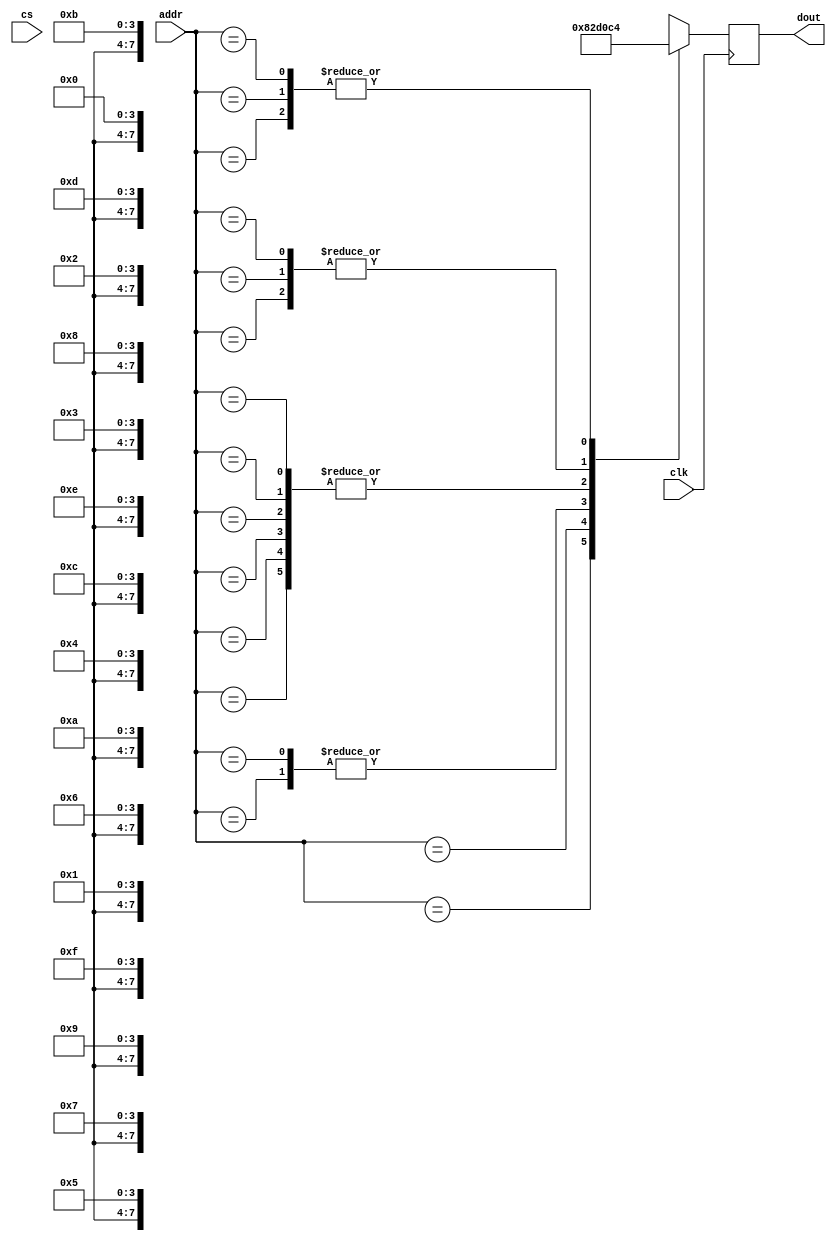
module rom_ROM127
(
input clk,
input [7:0] addr,
output [3:0] dout,
input cs );
reg [3:0] q;
always @(posedge clk) 
begin 
case (addr) 
	8'h0x0: q<=4'b0000;
	8'h0x1: q<=4'b1100;
	8'h0x2: q<=4'b1101;
	8'h0x3: q<=4'b0100;
	8'h0x4: q<=4'b0000;
	8'h0x5: q<=4'b0000;
	8'h0x6: q<=4'b0000;
	8'h0x7: q<=4'b1000;
	8'h0x8: q<=4'b0010;
	8'h0x9: q<=4'b1100;
	8'h0xa: q<=4'b0000;
	8'h0xb: q<=4'b1101;
	8'h0xc: q<=4'b0100;
	8'h0xd: q<=4'b0000;
	8'h0xe: q<=4'b1100;
	8'h0xf: q<=4'b0100;
	8'h0x10: q<=4'b0000;
	8'h0x11: q<=4'b0000;
	8'h0x12: q<=4'b0000;
	8'h0x13: q<=4'b0000;
	8'h0x14: q<=4'b0000;
	8'h0x15: q<=4'b0000;
	8'h0x16: q<=4'b0100;
	8'h0x17: q<=4'b0000;
	8'h0x18: q<=4'b0000;
	8'h0x19: q<=4'b0000;
	8'h0x1a: q<=4'b0000;
	8'h0x1b: q<=4'b0000;
	8'h0x1c: q<=4'b0000;
	8'h0x1d: q<=4'b0000;
	8'h0x1e: q<=4'b0000;
	8'h0x1f: q<=4'b0000;
	8'h0x20: q<=4'b0100;
	8'h0x21: q<=4'b0100;
	8'h0x22: q<=4'b0100;
	8'h0x23: q<=4'b0100;
	8'h0x24: q<=4'b0100;
	8'h0x25: q<=4'b0100;
	8'h0x26: q<=4'b0100;
	8'h0x27: q<=4'b0100;
	8'h0x28: q<=4'b0100;
	8'h0x29: q<=4'b0100;
	8'h0x2a: q<=4'b0100;
	8'h0x2b: q<=4'b0100;
	8'h0x2c: q<=4'b0100;
	8'h0x2d: q<=4'b0100;
	8'h0x2e: q<=4'b0100;
	8'h0x2f: q<=4'b0100;
	8'h0x30: q<=4'b0100;
	8'h0x31: q<=4'b0100;
	8'h0x32: q<=4'b0100;
	8'h0x33: q<=4'b0100;
	8'h0x34: q<=4'b0100;
	8'h0x35: q<=4'b0100;
	8'h0x36: q<=4'b0100;
	8'h0x37: q<=4'b0100;
	8'h0x38: q<=4'b0100;
	8'h0x39: q<=4'b0100;
	8'h0x3a: q<=4'b0100;
	8'h0x3b: q<=4'b0100;
	8'h0x3c: q<=4'b0100;
	8'h0x3d: q<=4'b0100;
	8'h0x3e: q<=4'b0100;
	8'h0x3f: q<=4'b0100;
	8'h0x40: q<=4'b0000;
	8'h0x41: q<=4'b0100;
	8'h0x42: q<=4'b0000;
	8'h0x43: q<=4'b0000;
	8'h0x44: q<=4'b0100;
	8'h0x45: q<=4'b0000;
	8'h0x46: q<=4'b0001;
	8'h0x47: q<=4'b0001;
	8'h0x48: q<=4'b0000;
	8'h0x49: q<=4'b1100;
	8'h0x4a: q<=4'b0001;
	8'h0x4b: q<=4'b0001;
	8'h0x4c: q<=4'b0001;
	8'h0x4d: q<=4'b1010;
	8'h0x4e: q<=4'b1010;
	8'h0x4f: q<=4'b1010;
	8'h0x50: q<=4'b1010;
	8'h0x51: q<=4'b1010;
	8'h0x52: q<=4'b1010;
	8'h0x53: q<=4'b1010;
	8'h0x54: q<=4'b1010;
	8'h0x55: q<=4'b1010;
	8'h0x56: q<=4'b1010;
	8'h0x57: q<=4'b1010;
	8'h0x58: q<=4'b1010;
	8'h0x59: q<=4'b1010;
	8'h0x5a: q<=4'b1010;
	8'h0x5b: q<=4'b1010;
	8'h0x5c: q<=4'b1010;
	8'h0x5d: q<=4'b0000;
	8'h0x5e: q<=4'b0001;
	8'h0x5f: q<=4'b0000;
	8'h0x60: q<=4'b1100;
	8'h0x61: q<=4'b0001;
	8'h0x62: q<=4'b0001;
	8'h0x63: q<=4'b0001;
	8'h0x64: q<=4'b1010;
	8'h0x65: q<=4'b1010;
	8'h0x66: q<=4'b1010;
	8'h0x67: q<=4'b1010;
	8'h0x68: q<=4'b1010;
	8'h0x69: q<=4'b1010;
	8'h0x6a: q<=4'b1010;
	8'h0x6b: q<=4'b1010;
	8'h0x6c: q<=4'b1010;
	8'h0x6d: q<=4'b1010;
	8'h0x6e: q<=4'b1010;
	8'h0x6f: q<=4'b1010;
	8'h0x70: q<=4'b1010;
	8'h0x71: q<=4'b1010;
	8'h0x72: q<=4'b1010;
	8'h0x73: q<=4'b1010;
	8'h0x74: q<=4'b0000;
	8'h0x75: q<=4'b0000;
	8'h0x76: q<=4'b0000;
	8'h0x77: q<=4'b0000;
	8'h0x78: q<=4'b1100;
	8'h0x79: q<=4'b0001;
	8'h0x7a: q<=4'b0000;
	8'h0x7b: q<=4'b1100;
	8'h0x7c: q<=4'b0000;
	8'h0x7d: q<=4'b0000;
	8'h0x7e: q<=4'b0000;
	8'h0x7f: q<=4'b0000;
	8'h0x80: q<=4'b1100;
	8'h0x81: q<=4'b0001;
	8'h0x82: q<=4'b0001;
	8'h0x83: q<=4'b0001;
	8'h0x84: q<=4'b1010;
	8'h0x85: q<=4'b1010;
	8'h0x86: q<=4'b1010;
	8'h0x87: q<=4'b1010;
	8'h0x88: q<=4'b1010;
	8'h0x89: q<=4'b1010;
	8'h0x8a: q<=4'b1010;
	8'h0x8b: q<=4'b1010;
	8'h0x8c: q<=4'b1010;
	8'h0x8d: q<=4'b1010;
	8'h0x8e: q<=4'b1010;
	8'h0x8f: q<=4'b1010;
	8'h0x90: q<=4'b1010;
	8'h0x91: q<=4'b1010;
	8'h0x92: q<=4'b1010;
	8'h0x93: q<=4'b1010;
	8'h0x94: q<=4'b0000;
	8'h0x95: q<=4'b0000;
	8'h0x96: q<=4'b0000;
	8'h0x97: q<=4'b1100;
	8'h0x98: q<=4'b0001;
	8'h0x99: q<=4'b0001;
	8'h0x9a: q<=4'b0001;
	8'h0x9b: q<=4'b1010;
	8'h0x9c: q<=4'b1010;
	8'h0x9d: q<=4'b1010;
	8'h0x9e: q<=4'b1010;
	8'h0x9f: q<=4'b1010;
	8'h0xa0: q<=4'b1010;
	8'h0xa1: q<=4'b1010;
	8'h0xa2: q<=4'b1010;
	8'h0xa3: q<=4'b1010;
	8'h0xa4: q<=4'b1010;
	8'h0xa5: q<=4'b1010;
	8'h0xa6: q<=4'b1010;
	8'h0xa7: q<=4'b1010;
	8'h0xa8: q<=4'b1010;
	8'h0xa9: q<=4'b1010;
	8'h0xaa: q<=4'b1010;
	8'h0xab: q<=4'b0000;
	8'h0xac: q<=4'b0000;
	8'h0xad: q<=4'b0000;
	8'h0xae: q<=4'b0000;
	8'h0xaf: q<=4'b0000;
	8'h0xb0: q<=4'b1100;
	8'h0xb1: q<=4'b0001;
	8'h0xb2: q<=4'b0000;
	8'h0xb3: q<=4'b1100;
	8'h0xb4: q<=4'b0000;
	8'h0xb5: q<=4'b0000;
	8'h0xb6: q<=4'b0000;
	8'h0xb7: q<=4'b0000;
	8'h0xb8: q<=4'b0000;
	8'h0xb9: q<=4'b0000;
	8'h0xba: q<=4'b0100;
	8'h0xbb: q<=4'b0000;
	8'h0xbc: q<=4'b0000;
	8'h0xbd: q<=4'b0000;
	8'h0xbe: q<=4'b0000;
	8'h0xbf: q<=4'b0000;
	8'h0xc0: q<=4'b0000;
	8'h0xc1: q<=4'b1100;
	8'h0xc2: q<=4'b0000;
	8'h0xc3: q<=4'b0000;
	8'h0xc4: q<=4'b1100;
	8'h0xc5: q<=4'b1101;
	8'h0xc6: q<=4'b0001;
	8'h0xc7: q<=4'b0101;
	8'h0xc8: q<=4'b0000;
	8'h0xc9: q<=4'b0000;
	8'h0xca: q<=4'b1100;
	8'h0xcb: q<=4'b0001;
	8'h0xcc: q<=4'b0000;
	8'h0xcd: q<=4'b0001;
	8'h0xce: q<=4'b1100;
	8'h0xcf: q<=4'b0000;
	8'h0xd0: q<=4'b1100;
	8'h0xd1: q<=4'b0100;
	8'h0xd2: q<=4'b0000;
	8'h0xd3: q<=4'b0001;
	8'h0xd4: q<=4'b1100;
	8'h0xd5: q<=4'b0000;
	8'h0xd6: q<=4'b1100;
	8'h0xd7: q<=4'b0001;
	8'h0xd8: q<=4'b0000;
	8'h0xd9: q<=4'b0000;
	8'h0xda: q<=4'b0000;
	8'h0xdb: q<=4'b1000;
	8'h0xdc: q<=4'b0000;
	8'h0xdd: q<=4'b1000;
	8'h0xde: q<=4'b0000;
	8'h0xdf: q<=4'b1101;
	8'h0xe0: q<=4'b1101;
	8'h0xe1: q<=4'b0000;
	8'h0xe2: q<=4'b1101;
	8'h0xe3: q<=4'b0000;
	8'h0xe4: q<=4'b0000;
	8'h0xe5: q<=4'b0000;
	8'h0xe6: q<=4'b1100;
	8'h0xe7: q<=4'b0000;
	8'h0xe8: q<=4'b0000;
	8'h0xe9: q<=4'b0000;
	8'h0xea: q<=4'b0100;
	8'h0xeb: q<=4'b0000;
	8'h0xec: q<=4'b0000;
	8'h0xed: q<=4'b0001;
	8'h0xee: q<=4'b1100;
	8'h0xef: q<=4'b0001;
	8'h0xf0: q<=4'b0000;
	8'h0xf1: q<=4'b0001;
	8'h0xf2: q<=4'b1100;
	8'h0xf3: q<=4'b0001;
	8'h0xf4: q<=4'b0000;
	8'h0xf5: q<=4'b0000;
	8'h0xf6: q<=4'b0000;
	8'h0xf7: q<=4'b1101;
	8'h0xf8: q<=4'b0000;
	8'h0xf9: q<=4'b0000;
	8'h0xfa: q<=4'b0000;
	8'h0xfb: q<=4'b0000;
	8'h0xfc: q<=4'b0000;
	8'h0xfd: q<=4'b0000;
	8'h0xfe: q<=4'b0000;
	8'h0xff: q<=4'b0000;
endcase
end
assign dout=q;
endmodule